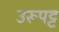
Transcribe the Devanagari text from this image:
उरूपट्ट